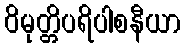
ဝိမုတ္တိပရိပါစနီယာ